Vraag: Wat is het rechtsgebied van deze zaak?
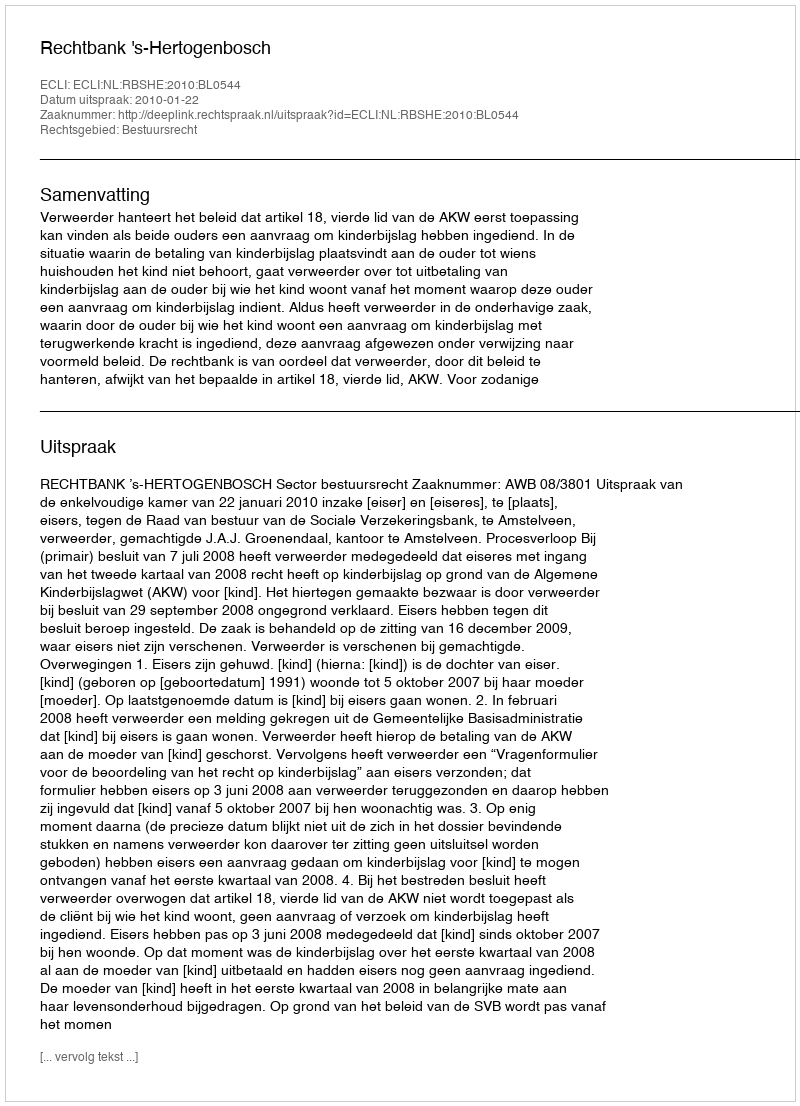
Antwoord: Bestuursrecht